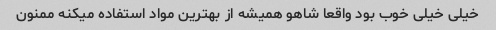
خیلی خیلی خوب بود واقعا شاهو همیشه از بهترین مواد استفاده میکنه ممنون